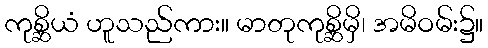
ကုစ္ဆိယံ ဟူသည်ကား။ မာတုကုစ္ဆိမှိ၊ အမိဝမ်း၌။